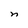
Character: n